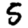
Digit: 5